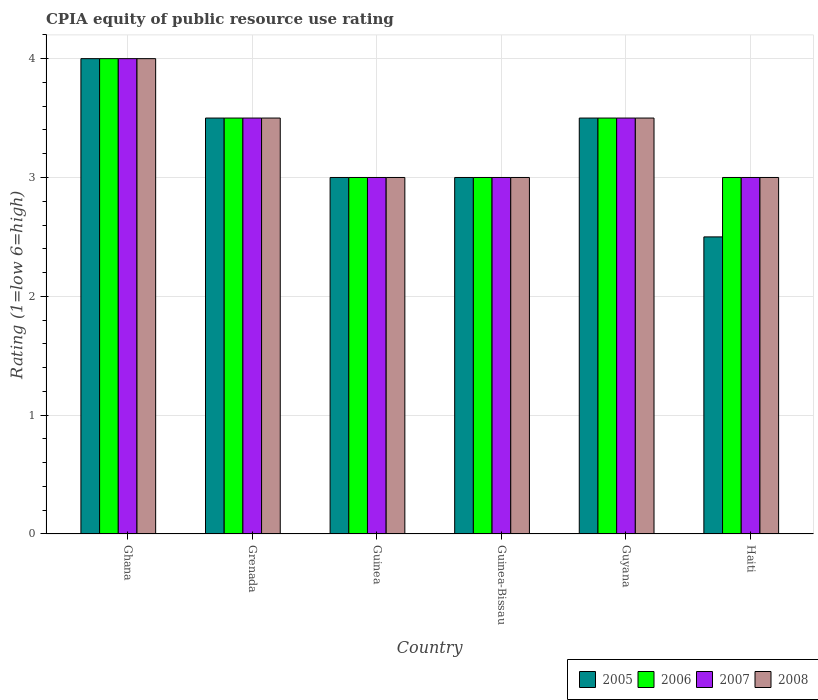
| Country | 2005 | 2006 | 2007 | 2008 |
 | --- | --- | --- | --- | --- |
 | Ghana | 4 | 4 | 4 | 4 |
 | Grenada | 3.5 | 3.5 | 3.5 | 3.5 |
 | Guinea | 3 | 3 | 3 | 3 |
 | Guinea-Bissau | 3 | 3 | 3 | 3 |
 | Guyana | 3.5 | 3.5 | 3.5 | 3.5 |
 | Haiti | 2.5 | 3 | 3 | 3 |